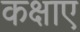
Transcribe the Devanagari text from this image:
कक्षाए